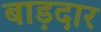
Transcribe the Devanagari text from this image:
बाड़दार